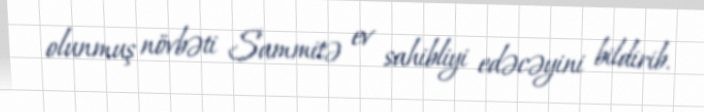
olunmuş növbəti Sammitə ev sahibliyi edəcəyini bildirib.